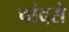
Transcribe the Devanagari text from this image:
चांदसे